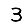
Digit: 3